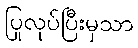
ပြုလုပ်ပြီးမှသာ